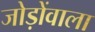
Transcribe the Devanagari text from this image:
जोड़ोंवाला